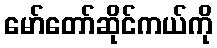
မော်တော်ဆိုင်ကယ်ကို